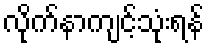
လိုက်နာကျင့်သုံးရန်